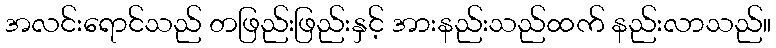
အလင်းရောင်သည် တဖြည်းဖြည်းနှင့် အားနည်းသည်ထက် နည်းလာသည်။